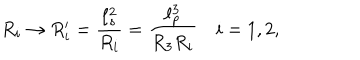
LaTeX: R _ { i } \rightarrow R _ { i } ^ { \prime } = \frac { \ell _ { s } ^ { 2 } } { R _ { i } } = \frac { \ell _ { p } ^ { 3 } } { R _ { 3 } R _ { i } } \quad i = 1 , 2 ,